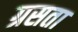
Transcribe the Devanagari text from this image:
ग्रसता